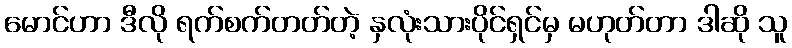
မောင်ဟာ ဒီလို ရက်စက်တတ်တဲ့ နှလုံးသားပိုင်ရှင်မှ မဟုတ်တာ ဒါဆို သူ